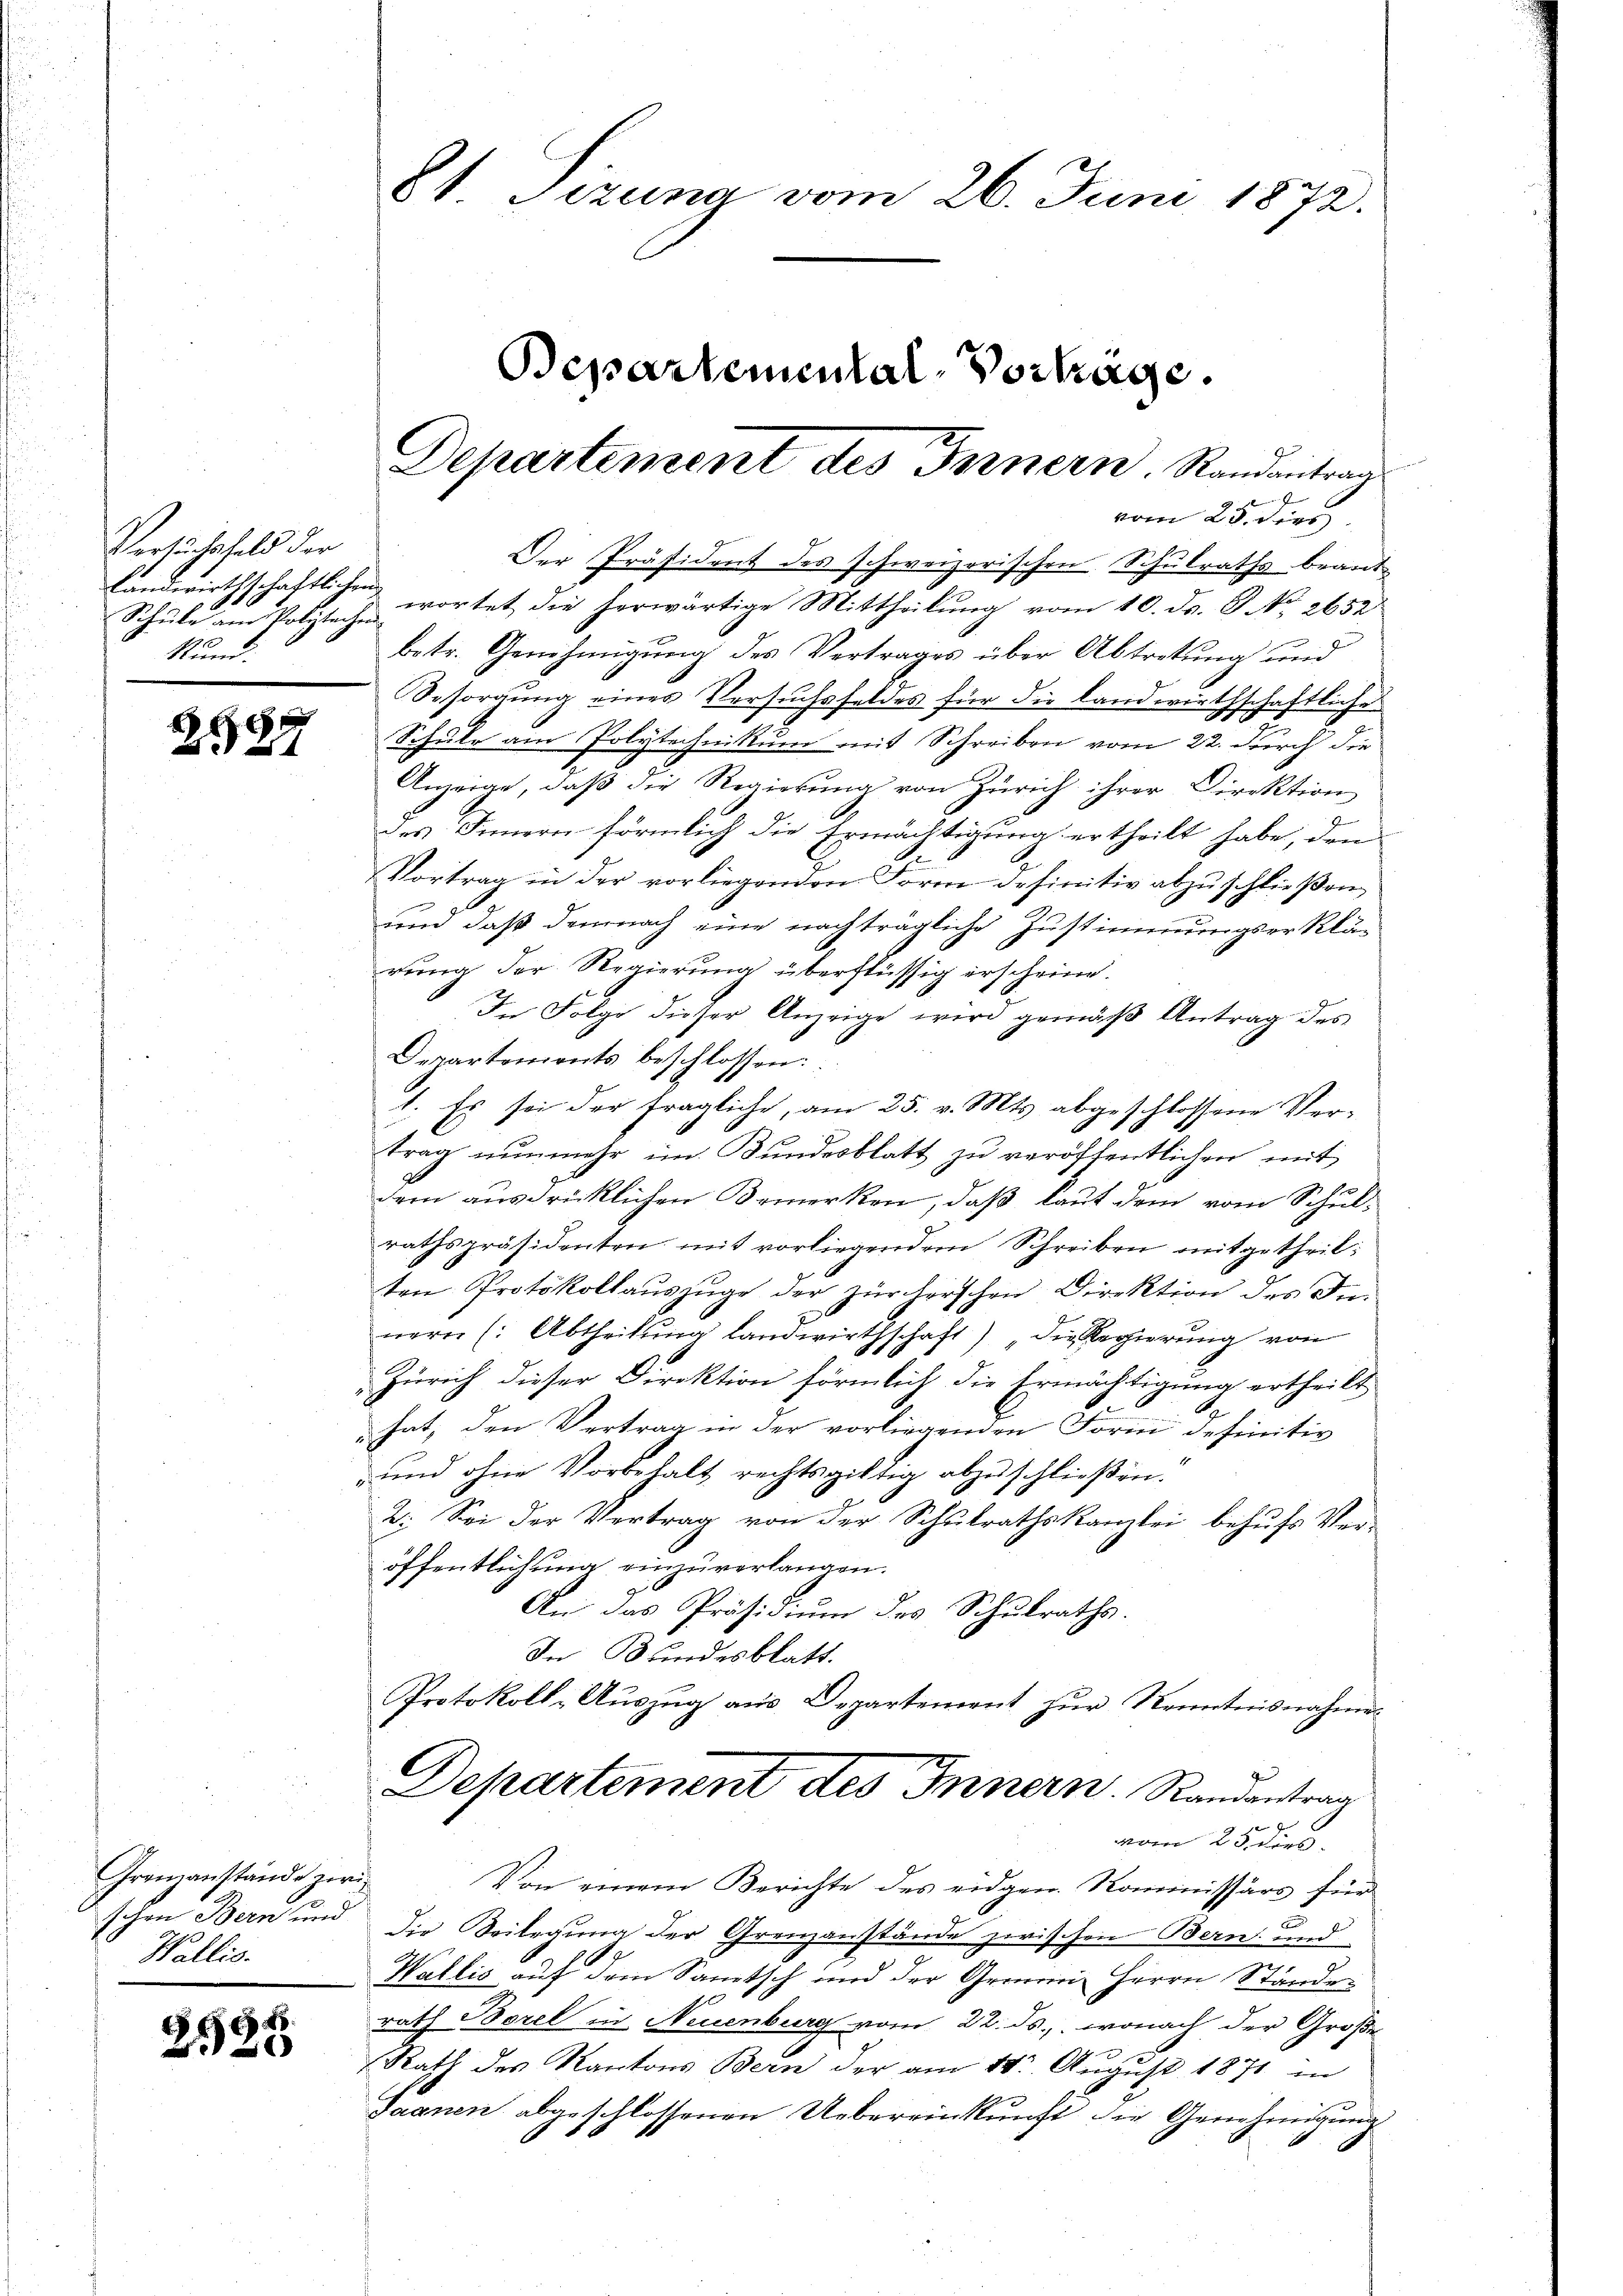
Versuchsfeld der
Schŭle am Polytechen
Rund.

.
6

Grenzanstände zur
schen Bern und
Wallis.

1604

81 Sezung vom 26. Juni 1872.
Departemental-Vorträge.

Departement des Innern Randantrag

Der Präsident des schweizerischen Schulraths beant¬
Landwirthschaftlichen wortet die herwärtige Mittheilung vom 10. ds. P. Nr. 2652
betr. Genehmigung des Vertrages über Abtretung und
Sesorgŭng eines Versuchsfeldes für die landwirthschaftliche
Schule am Polytechnikum mit Schreiben vom 22. durch die
Anzeige, daß die Regierung von Zürich ihrer Direktion
des Innern förmlich die Ermächtigung ertheilt habe, den
Vortrag in der vorliegenden Form definitiv abzuschließen
und daß demnach eine nachträgliche Zustimmungserklär
rung der Regierung überflüssig erscheine.
In Folge dieser Anzeige wird gemäß Antrag des
Departements beschlossen:
1. Es sei der fragliche, am 25. v. Mts. abgeschlossene Vertrag nunmehr im Bundesblatt zu veröffentlichen mit
dem ausdrücklichen Bemerken, daß laut dem vom Schul-
rathspräsidenten mit vorliegendem Schreiben mitgetheilten Protokollaŭszŭge der zürcherschen Direktion des In
nern (Abtheilung landwirthschaft) „die Regierung von
Zürich dieser Direktion förmlich die Ermächtigung ertheilt
hat, den Vertrag in der vorliegenden Form definitiv
und ohne Vorbehalt rechtsgültig abzuschließen.
2: Sei der Vertrag von der Schulrathskanzlei behufs Veröffentlichung einzuverlangen.
An das Präsidium des Schulraths.
In Bundesblatt.
Protokoll-Auszug aus Departement zur Kenntnisnahmes

vom 25. dies

Departement des Innern. Randantrag
Ar
vom 23. dies

Von einem Berichte des eidgen. Kommissärs für
Die Beilegung der Grenzanstände zwischen Bern und
Wallis auf dem Santsch und der Gemein Herrn Stände
rath Borel in Neuenburg vom 22. ds., wonach der Große
Rath des Kantons Bern der am 18t August 1871 in
Jaanen abgeschlossenen Uebereinkunft die Genehmigung